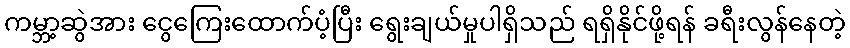
ကမ္ဘာ့ဆွဲအား ငွေကြေးထောက်ပံ့ပြီး ရွေးချယ်မှုပါရှိသည် ရရှိနိုင်ဖို့ရန် ခရီးလွန်နေတဲ့